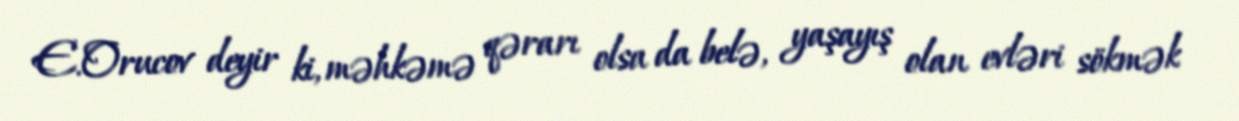
E.Orucov deyir ki, məhkəmə qərarı olsa da belə, yaşayış olan evləri sökmək